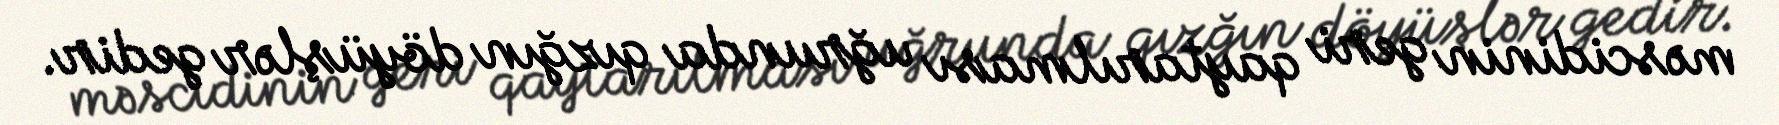
məscidinin geri qaytarılması uğrunda qızğın döyüşlər gedir.